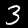
Label: 3